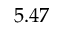
5 . 4 7